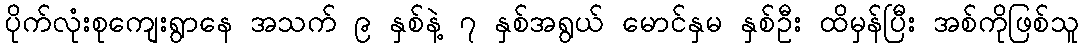
ပိုက်လုံးစုကျေးရွာနေ အသက် ၉ နှစ်နဲ့ ၇ နှစ်အရွယ် မောင်နှမ နှစ်ဦး ထိမှန်ပြီး အစ်ကိုဖြစ်သူ